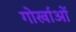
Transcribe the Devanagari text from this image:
गोर्खाओं